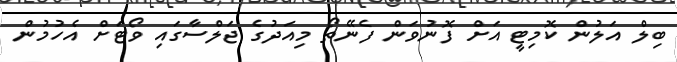
ބިލް އަލުން ކޮމިޓީ އަށް ފޮނުވަން ފެނޭތޯ މިއަދުގެ ޖަލްސާގައި ވޯޓަށް އެހުމުން